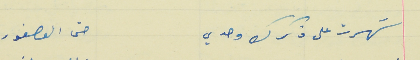
سَهرت على ذكرك وحدي                                 حتى العصفور